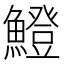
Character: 𫙼